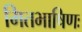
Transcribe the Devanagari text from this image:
मितभाषिणः